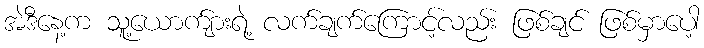
အဲဒီနေ့က သူ့ယောက်ျားရဲ့ လက်ချက်ကြောင့်လည်း ဖြစ်ချင် ဖြစ်မှာပေါ့